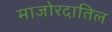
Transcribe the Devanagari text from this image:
माजोरदातिल